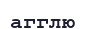
агглю